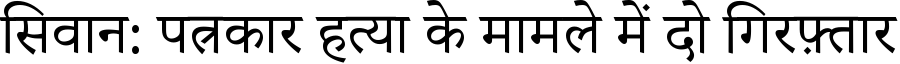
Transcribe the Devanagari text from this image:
सिवान: पत्रकार हत्या के मामले में दो गिरफ़्तार